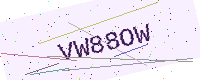
Text: VW88OW